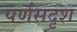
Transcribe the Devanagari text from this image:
पर्णसदृश